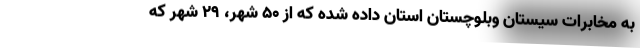
به مخابرات سیستان وبلوچستان استان داده شده که از ۵۰ شهر، ۲۹ شهر که